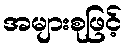
အများစုဖြင့်